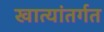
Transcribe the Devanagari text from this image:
खात्यांतर्गत